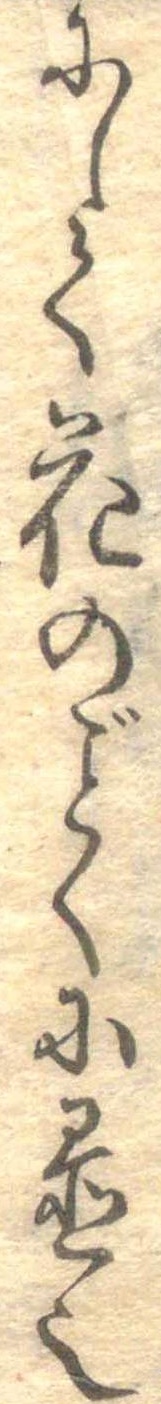
にして花のごとくに置也